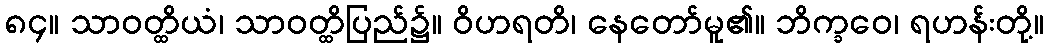
၈၄။ သာဝတ္ထိယံ၊ သာဝတ္ထိပြည်၌။ ဝိဟရတိ၊ နေတော်မူ၏။ ဘိက္ခဝေ၊ ရဟန်းတို့။